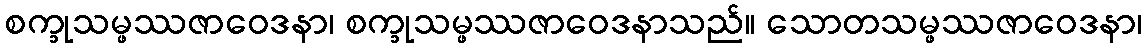
စက္ခုသမ္ဖဿဇာဝေဒနာ၊ စက္ခုသမ္ဖဿဇာဝေဒနာသည်။ သောတသမ္ဖဿဇာဝေဒနာ၊